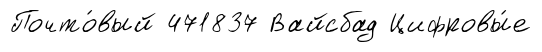
Почто́вый 471837 Вайсбад Цифровы́е